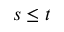
s \leq t